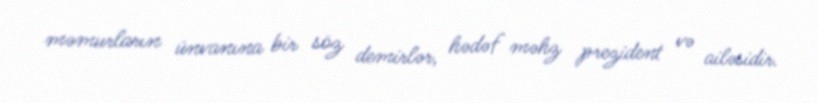
məmurların ünvanına bir söz demirlər, hədəf məhz prezident və ailəsidir.